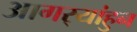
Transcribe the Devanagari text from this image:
आगर्‍यांहुन